Lunatic asylums Punjab 1868-1880 - 1868-1880
Year: 1868
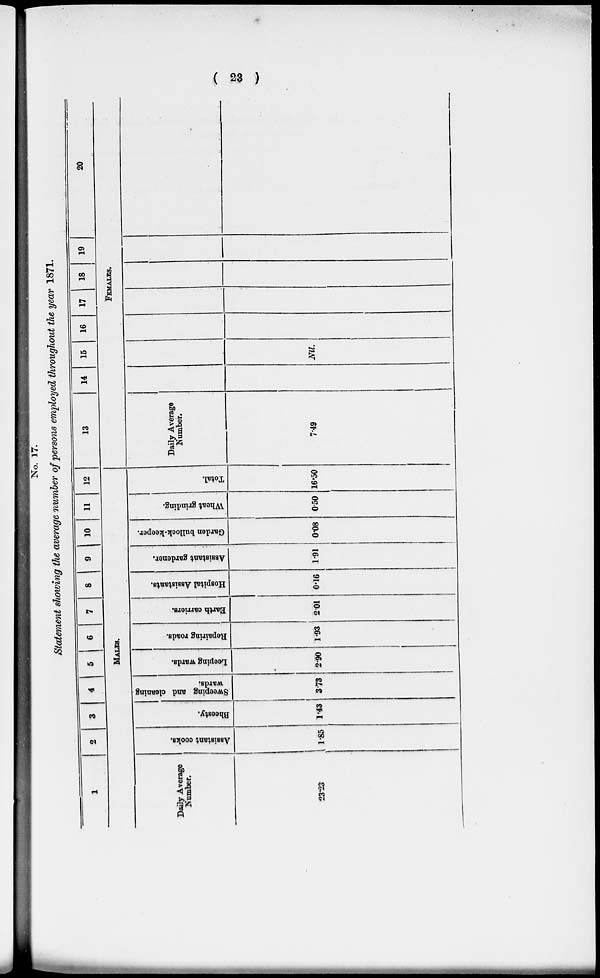
( 23 )
No. 17.
Statement showing the average number of persons employed throughout the year 1871.
1
2
3
4 5 6 7 8 9 10 11 12
MALES.
Daily Average
Number.
23.23
Assistant cooks.
1.85
Bheesty.
1.43
Sweeping and cleaning
wards.
3.73
Leeping wards.
2.90
Repairing roads.
1.93
Earth carriers.
2.01
Hospital Assistants.
0.16
Assistant gardener.
1.91
Garden bullock-keeper.
0.08
Wheat grinding.
0.50
Total.
16.50
13
14
15
16
17
18
19
20
FEMALES.
Daily Average
Number.
7.49
Nil.